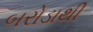
બરોડાથી